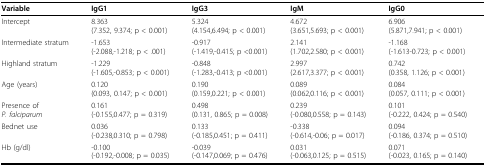
<table><thead><tr><td><b>Variable</b></td><td><b>IgG1</b></td><td><b>IgG3</b></td><td><b>IgM</b></td><td><b>IgG0</b></td></tr></thead><tbody><tr><td>Intercept</td><td>8.363(7.352, 9.374; p &lt; 0.001)</td><td>5.324(4.154,6.494; p &lt; 0.001)</td><td>4.672(3.651,5.693; p &lt; 0.001)</td><td>6.906(5.871,7.941; p &lt; 0.001)</td></tr><tr><td>Intermediate stratum</td><td>-1.653(-2.088,-1.218; p &lt; .001)</td><td>-0.917(-1.419,-0.415; p &lt;0.001)</td><td>2.141(1.702,2.580; p &lt; 0.001)</td><td>-1.168(-1.613-0.723; p &lt; 0.001)</td></tr><tr><td>Highland stratum</td><td>-1.229(-1.605,-0.853; p &lt; 0.001)</td><td>-0.848(-1.283,-0.413; p &lt;0.001)</td><td>2.997(2.617,3.377; p &lt; 0.001)</td><td>0.742(0.358, 1.126; p &lt; 0.001)</td></tr><tr><td>Age (years)</td><td>0.120(0.093, 0.147; p &lt; 0.001)</td><td>0.190(0.159,0.221; p &lt; 0.001)</td><td>0.089(0.062,0.116; p &lt; 0.001)</td><td>0.084(0.057, 0.111; p &lt; 0.001)</td></tr><tr><td>Presence of<i>P. falciparum</i></td><td>0.161(-0.155,0.477; p = 0.319)</td><td>0.498(0.131, 0.865; p = 0.008)</td><td>0.239(-0.080,0.558; p = 0.143)</td><td>0.101(-0.222, 0.424; p = 0.540)</td></tr><tr><td>Bednet use</td><td>0.036(-0.238,0.310; p = 0.798)</td><td>0.133(-0.185,0.451; p = 0.411)</td><td>-0.338(-0.614,-0.06; p = 0.017)</td><td>0.094(-0.186, 0.374; p = 0.510)</td></tr><tr><td>Hb (g/dl)</td><td>-0.100(-0.192,-0.008; p = 0.035)</td><td>-0.039(-0.147,0.069; p = 0.476)</td><td>0.031(-0.063,0.125; p = 0.515)</td><td>0.071(-0.023, 0.165; p = 0.140)</td></tr></tbody></table>